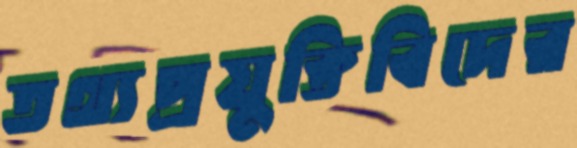
তথ্যপ্রযুক্তিবিদের